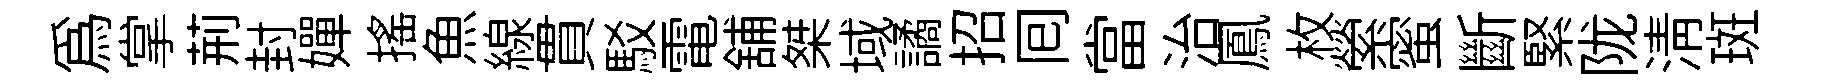
為掌荊封嬋揺魚線貫駁電舖桀域譎招囘當治鳳枚縈蜜斷緊陇清斑